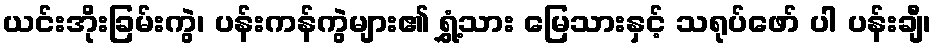
ယင်းအိုးခြမ်းကွဲ၊ ပန်းကန်ကွဲများ၏ ရွှံ့သား မြေသားနှင့် သရုပ်ဖော် ပါ ပန်းချီ၊